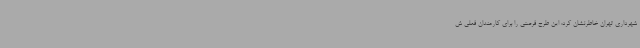
شهرداری تهران خاطرنشان کرد: این طرح فرصتی را برای کارمندان فعلی ش